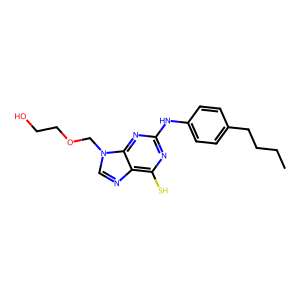
SMILES: CCCCc1ccc(Nc2nc(S)c3ncn(COCCO)c3n2)cc1
Inhibits HIV replication: No